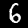
Digit: 6